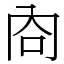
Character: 㕯